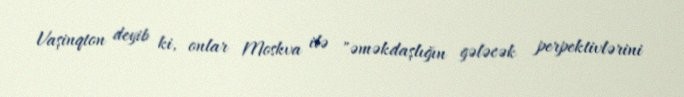
Vaşinqton deyib ki, onlar Moskva ilə "əməkdaşlığın gələcək perpektivlərini